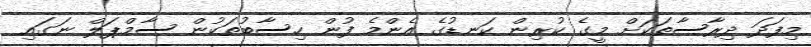
މިފަދަ ދިރާސާތަކަށް މީގެ ކުރިން ކަނޑުގެ އެންމެ ފުން ހިސާބުތަކުން ސާމްޕަލް ނަގައި